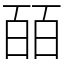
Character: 皕